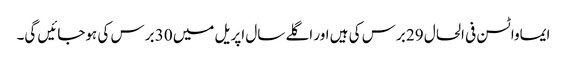
ایماواٹسن فی الحال 29 برس کی ہیں اور اگلے سال اپریل میں 30 برس کی ہوجائیں گی۔